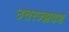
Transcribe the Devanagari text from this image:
उत्तरज्झयण